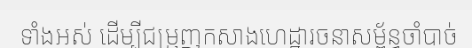
ទាំងអស់ ដើម្បីជម្រុញកសាងហេដ្ឋារចនាសម្ព័ន្ធចាំបាច់